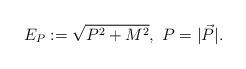
LaTeX: \begin{align*}\ E_P := \sqrt{P^2 + M^2}, \ P = |\vec P|.\end{align*}